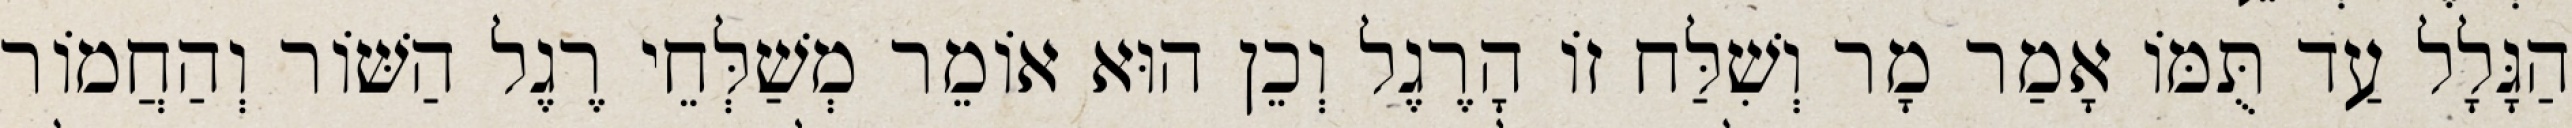
הַגָּלָל עַד תֻּמּוֹ אָמַר מָר וְשִׁלַּח זוֹ הָרֶגֶל וְכֵן הוּא אוֹמֵר מְשַׁלְּחֵי רֶגֶל הַשּׁוֹר וְהַחֲמוֹר